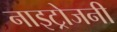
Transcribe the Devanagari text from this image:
नाइट्रोजनी